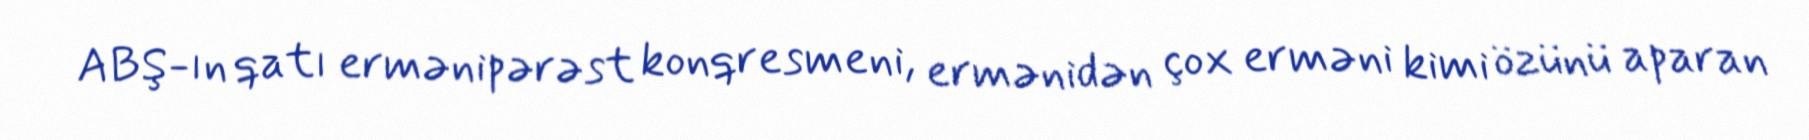
ABŞ-ın qatı ermənipərəst konqresmeni, ermənidən çox erməni kimi özünü aparan